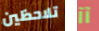
تلاحظين آآ